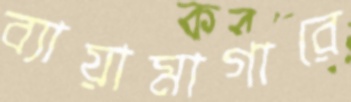
ব্যায়ামাগারে